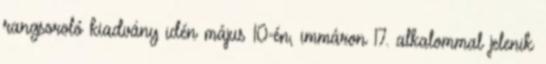
rangsoroló kiadvány idén május 10-én, immáron 17. alkalommal jelenik